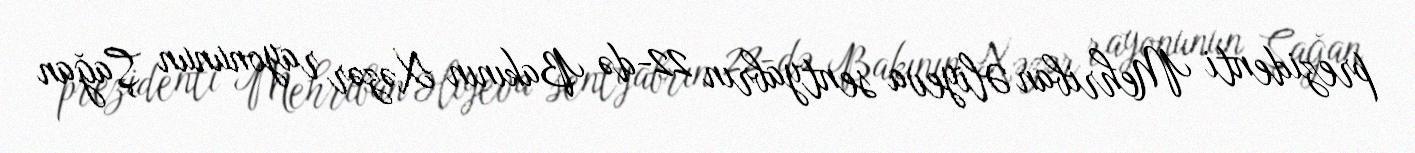
prezidenti Mehriban Əliyeva sentyabrın 22-də Bakının Xəzər rayonunun Şağan